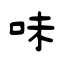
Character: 味